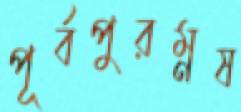
পূর্বপুরম্নষ